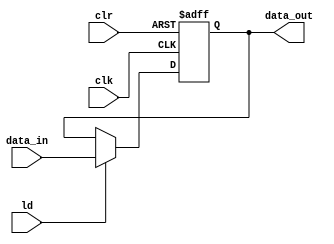
module reg_nb(data_in, clk, clr, ld, data_out); 
    input  [n-1:0] data_in; 
    input  clk, clr, ld; 
    output reg [n-1:0] data_out; 

    parameter n = 8; 
    
    always @(posedge clr, posedge clk)
    begin 
       if (clr == 1)     // asynch clr
          data_out <= 0;
       else if (ld == 1) 
          data_out <= data_in; 
    end
    
endmodule